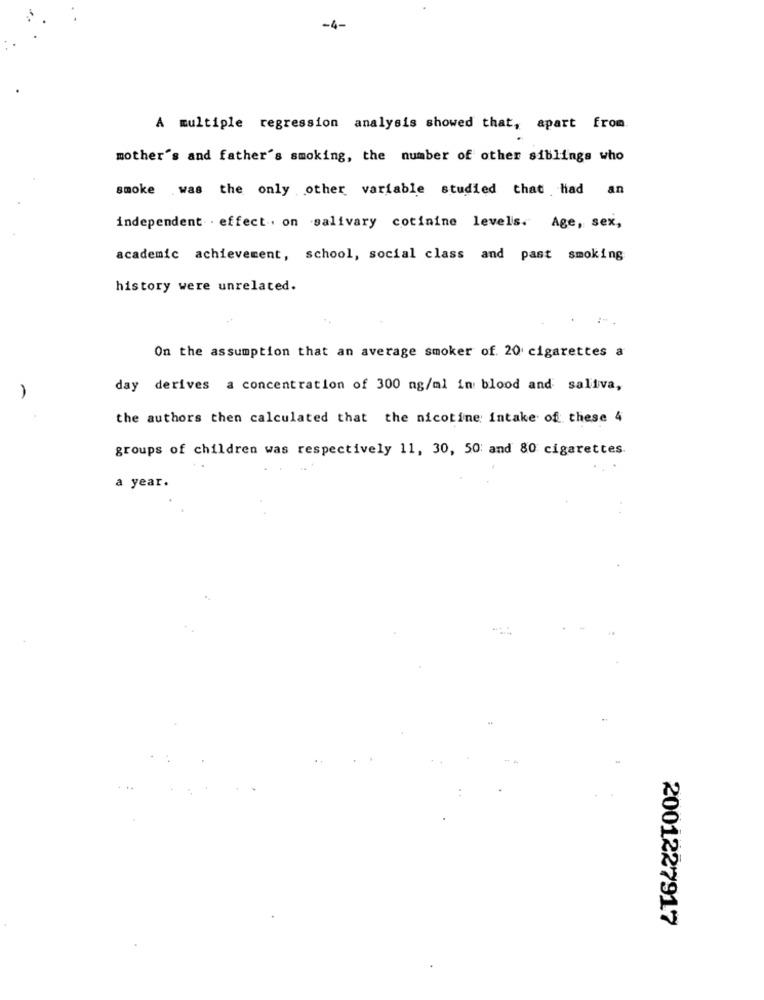
-4-
A multiple regression analysis showed that, apart from
mother's and father's smoking, the number of other siblings who
smoke was the only other variable studied that had an
independent . effect. on salivary cotinine levels. Age, sex,
academic achievement, school, social class and past smoking
history were unrelated.
On the assumption that an average smoker of. 20 cigarettes a
day derives a concentration of 300 ng/ml in blood and saliva,
the authors then calculated that the nicotine intake of these 4
groups of children was respectively 11, 30, 50; and 80 cigarettes
a year.
2001227917